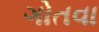
ગોતવા